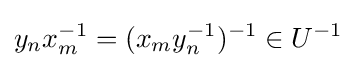
y_{n}x_{m}^{-1}=(x_{m}y_{n}^{-1})^{-1}\in U^{-1}